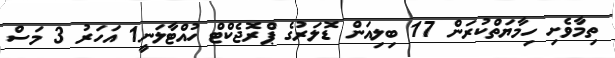
ތިމާވެށި ހިމާޔަތްކުރަން 17 ބިލިއަން ޑޮލަރުގެ ޕްރޮޖެކްޓް ހުއްޓާލަނީ1 އަހަރު 3 މަސް